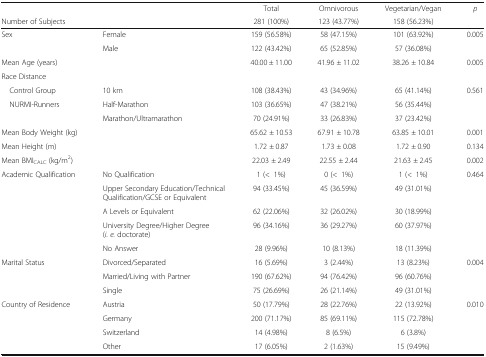
<table><thead><tr><td></td><td rowspan="2"></td><td><b>Total</b></td><td><b>Omnivorous</b></td><td><b>Vegetarian/Vegan</b></td><td><b><i>p</i></b></td></tr><tr><td><b>Number of Subjects</b></td><td><b>281 (100%)</b></td><td><b>123 (43.77%)</b></td><td><b>158 (56.23%)</b></td><td></td></tr></thead><tbody><tr><td rowspan="2">Sex</td><td>Female</td><td>159 (56.58%)</td><td>58 (47.15%)</td><td>101 (63.92%)</td><td rowspan="2">0.005</td></tr><tr><td>Male</td><td>122 (43.42%)</td><td>65 (52.85%)</td><td>57 (36.08%)</td></tr><tr><td>Mean Age (years)</td><td></td><td>40.00 ± 11.00</td><td>41.96 ± 11.02</td><td>38.26 ± 10.84</td><td>0.005</td></tr><tr><td colspan="6">Race Distance</td></tr><tr><td> Control Group</td><td>10 km</td><td>108 (38.43%)</td><td>43 (34.96%)</td><td>65 (41.14%)</td><td rowspan="3">0.561</td></tr><tr><td rowspan="2"> NURMI-Runners</td><td>Half-Marathon</td><td>103 (36.65%)</td><td>47 (38.21%)</td><td>56 (35.44%)</td></tr><tr><td>Marathon/Ultramarathon</td><td>70 (24.91%)</td><td>33 (26.83%)</td><td>37 (23.42%)</td></tr><tr><td>Mean Body Weight (kg)</td><td></td><td>65.62 ± 10.53</td><td>67.91 ± 10.78</td><td>63.85 ± 10.01</td><td>0.001</td></tr><tr><td>Mean Height (m)</td><td></td><td>1.72 ± 0.87</td><td>1.73 ± 0.08</td><td>1.72 ± 0.90</td><td>0.134</td></tr><tr><td>Mean BMI<sub>CALC</sub> (kg/m<sup>2</sup>)</td><td></td><td>22.03 ± 2.49</td><td>22.55 ± 2.44</td><td>21.63 ± 2.45</td><td>0.002</td></tr><tr><td rowspan="5">Academic Qualification</td><td>No Qualification</td><td>1 (&lt;1%)</td><td>0 (&lt;1%)</td><td>1 (&lt;1%)</td><td rowspan="5">0.464</td></tr><tr><td>Upper Secondary Education/Technical Qualification/GCSE or Equivalent</td><td>94 (33.45%)</td><td>45 (36.59%)</td><td>49 (31.01%)</td></tr><tr><td>A Levels or Equivalent</td><td>62 (22.06%)</td><td>32 (26.02%)</td><td>30 (18.99%)</td></tr><tr><td>University Degree/Higher Degree (<i>i. e.</i> doctorate)</td><td>96 (34.16%)</td><td>36 (29.27%)</td><td>60 (37.97%)</td></tr><tr><td>No Answer</td><td>28 (9.96%)</td><td>10 (8.13%)</td><td>18 (11.39%)</td></tr><tr><td rowspan="3">Marital Status</td><td>Divorced/Separated</td><td>16 (5.69%)</td><td>3 (2.44%)</td><td>13 (8.23%)</td><td rowspan="3">0.004</td></tr><tr><td>Married/Living with Partner</td><td>190 (67.62%)</td><td>94 (76.42%)</td><td>96 (60.76%)</td></tr><tr><td>Single</td><td>75 (26.69%)</td><td>26 (21.14%)</td><td>49 (31.01%)</td></tr><tr><td rowspan="4">Country of Residence</td><td>Austria</td><td>50 (17.79%)</td><td>28 (22.76%)</td><td>22 (13.92%)</td><td rowspan="4">0.010</td></tr><tr><td>Germany</td><td>200 (71.17%)</td><td>85 (69.11%)</td><td>115 (72.78%)</td></tr><tr><td>Switzerland</td><td>14 (4.98%)</td><td>8 (6.5%)</td><td>6 (3.8%)</td></tr><tr><td>Other</td><td>17 (6.05%)</td><td>2 (1.63%)</td><td>15 (9.49%)</td></tr></tbody></table>